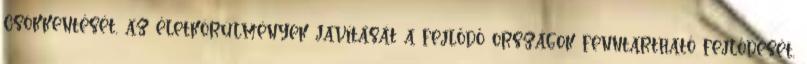
csökkentését, az életkörülmények javítását a fejlődő országok fenntartható fejlődését,